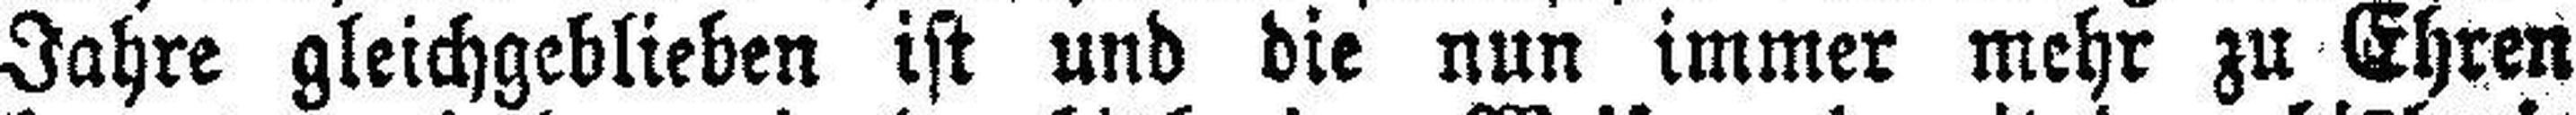
Jahre gleichgeblieben ist und die nun immer mehr zu Ehren